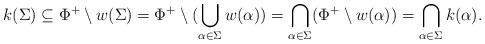
LaTeX: \begin{align*} k(\Sigma) \subseteq \Phi^+ \setminus w(\Sigma) = \Phi^+ \setminus(\bigcup_{\alpha \in \Sigma} w(\alpha)) = \bigcap_{\alpha \in \Sigma}(\Phi^+ \setminus w(\alpha)) = \bigcap_{\alpha \in \Sigma} k(\alpha). \end{align*}